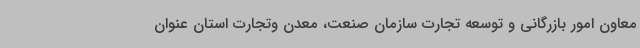
معاون امور بازرگانی و توسعه تجارت سازمان صنعت، معدن وتجارت استان عنوان